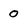
Character: 0